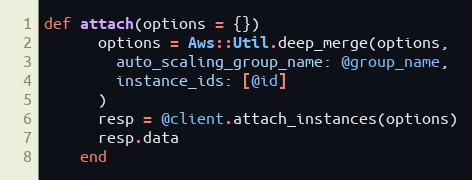
Language: Ruby
def attach(options = {})
      options = Aws::Util.deep_merge(options,
        auto_scaling_group_name: @group_name,
        instance_ids: [@id]
      )
      resp = @client.attach_instances(options)
      resp.data
    end